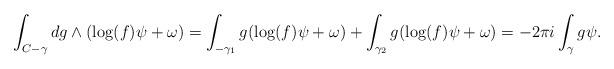
LaTeX: \begin{align*}\int_{C-\gamma} dg \wedge (\log(f)\psi + \omega)=\int_{-\gamma_1} g(\log(f) \psi + \omega) + \int_{\gamma_2} g(\log(f)\psi+\omega)=-2\pi i \int_{\gamma} g\psi.\end{align*}